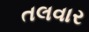
તલવાર